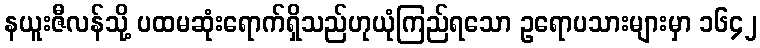
နယူးဇီလန်သို့ ပထမဆုံးရောက်ရှိသည်ဟုယုံကြည်ရသော ဥရောပသားများမှာ ၁၆၄၂